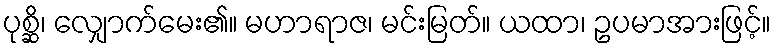
ပုစ္ဆိ၊ လျှောက်မေး၏။ မဟာရာဇ၊ မင်းမြတ်။ ယထာ၊ ဥပမာအားဖြင့်။